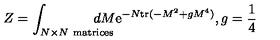
Z = \int _ { N \times N \ \mathrm { m a t r i c e s } } \! \! \! \! \! \! \! \! \! \! d M \mathrm { e } ^ { - N \mathrm { t r } ( - M ^ { 2 } + g M ^ { 4 } ) } , g = \frac 1 4